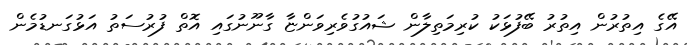
އޭގެ އިތުރުން އިތުރު ބޭފުޅަކު ކުރިމަތިލާން ޝައުގުވެރިވަންޏާ ގާނޫނުގައި އޮތް ފުރުސަތު އަޅުގަނޑުމެން